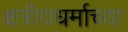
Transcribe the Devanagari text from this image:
क्षत्रीयधर्माच्या